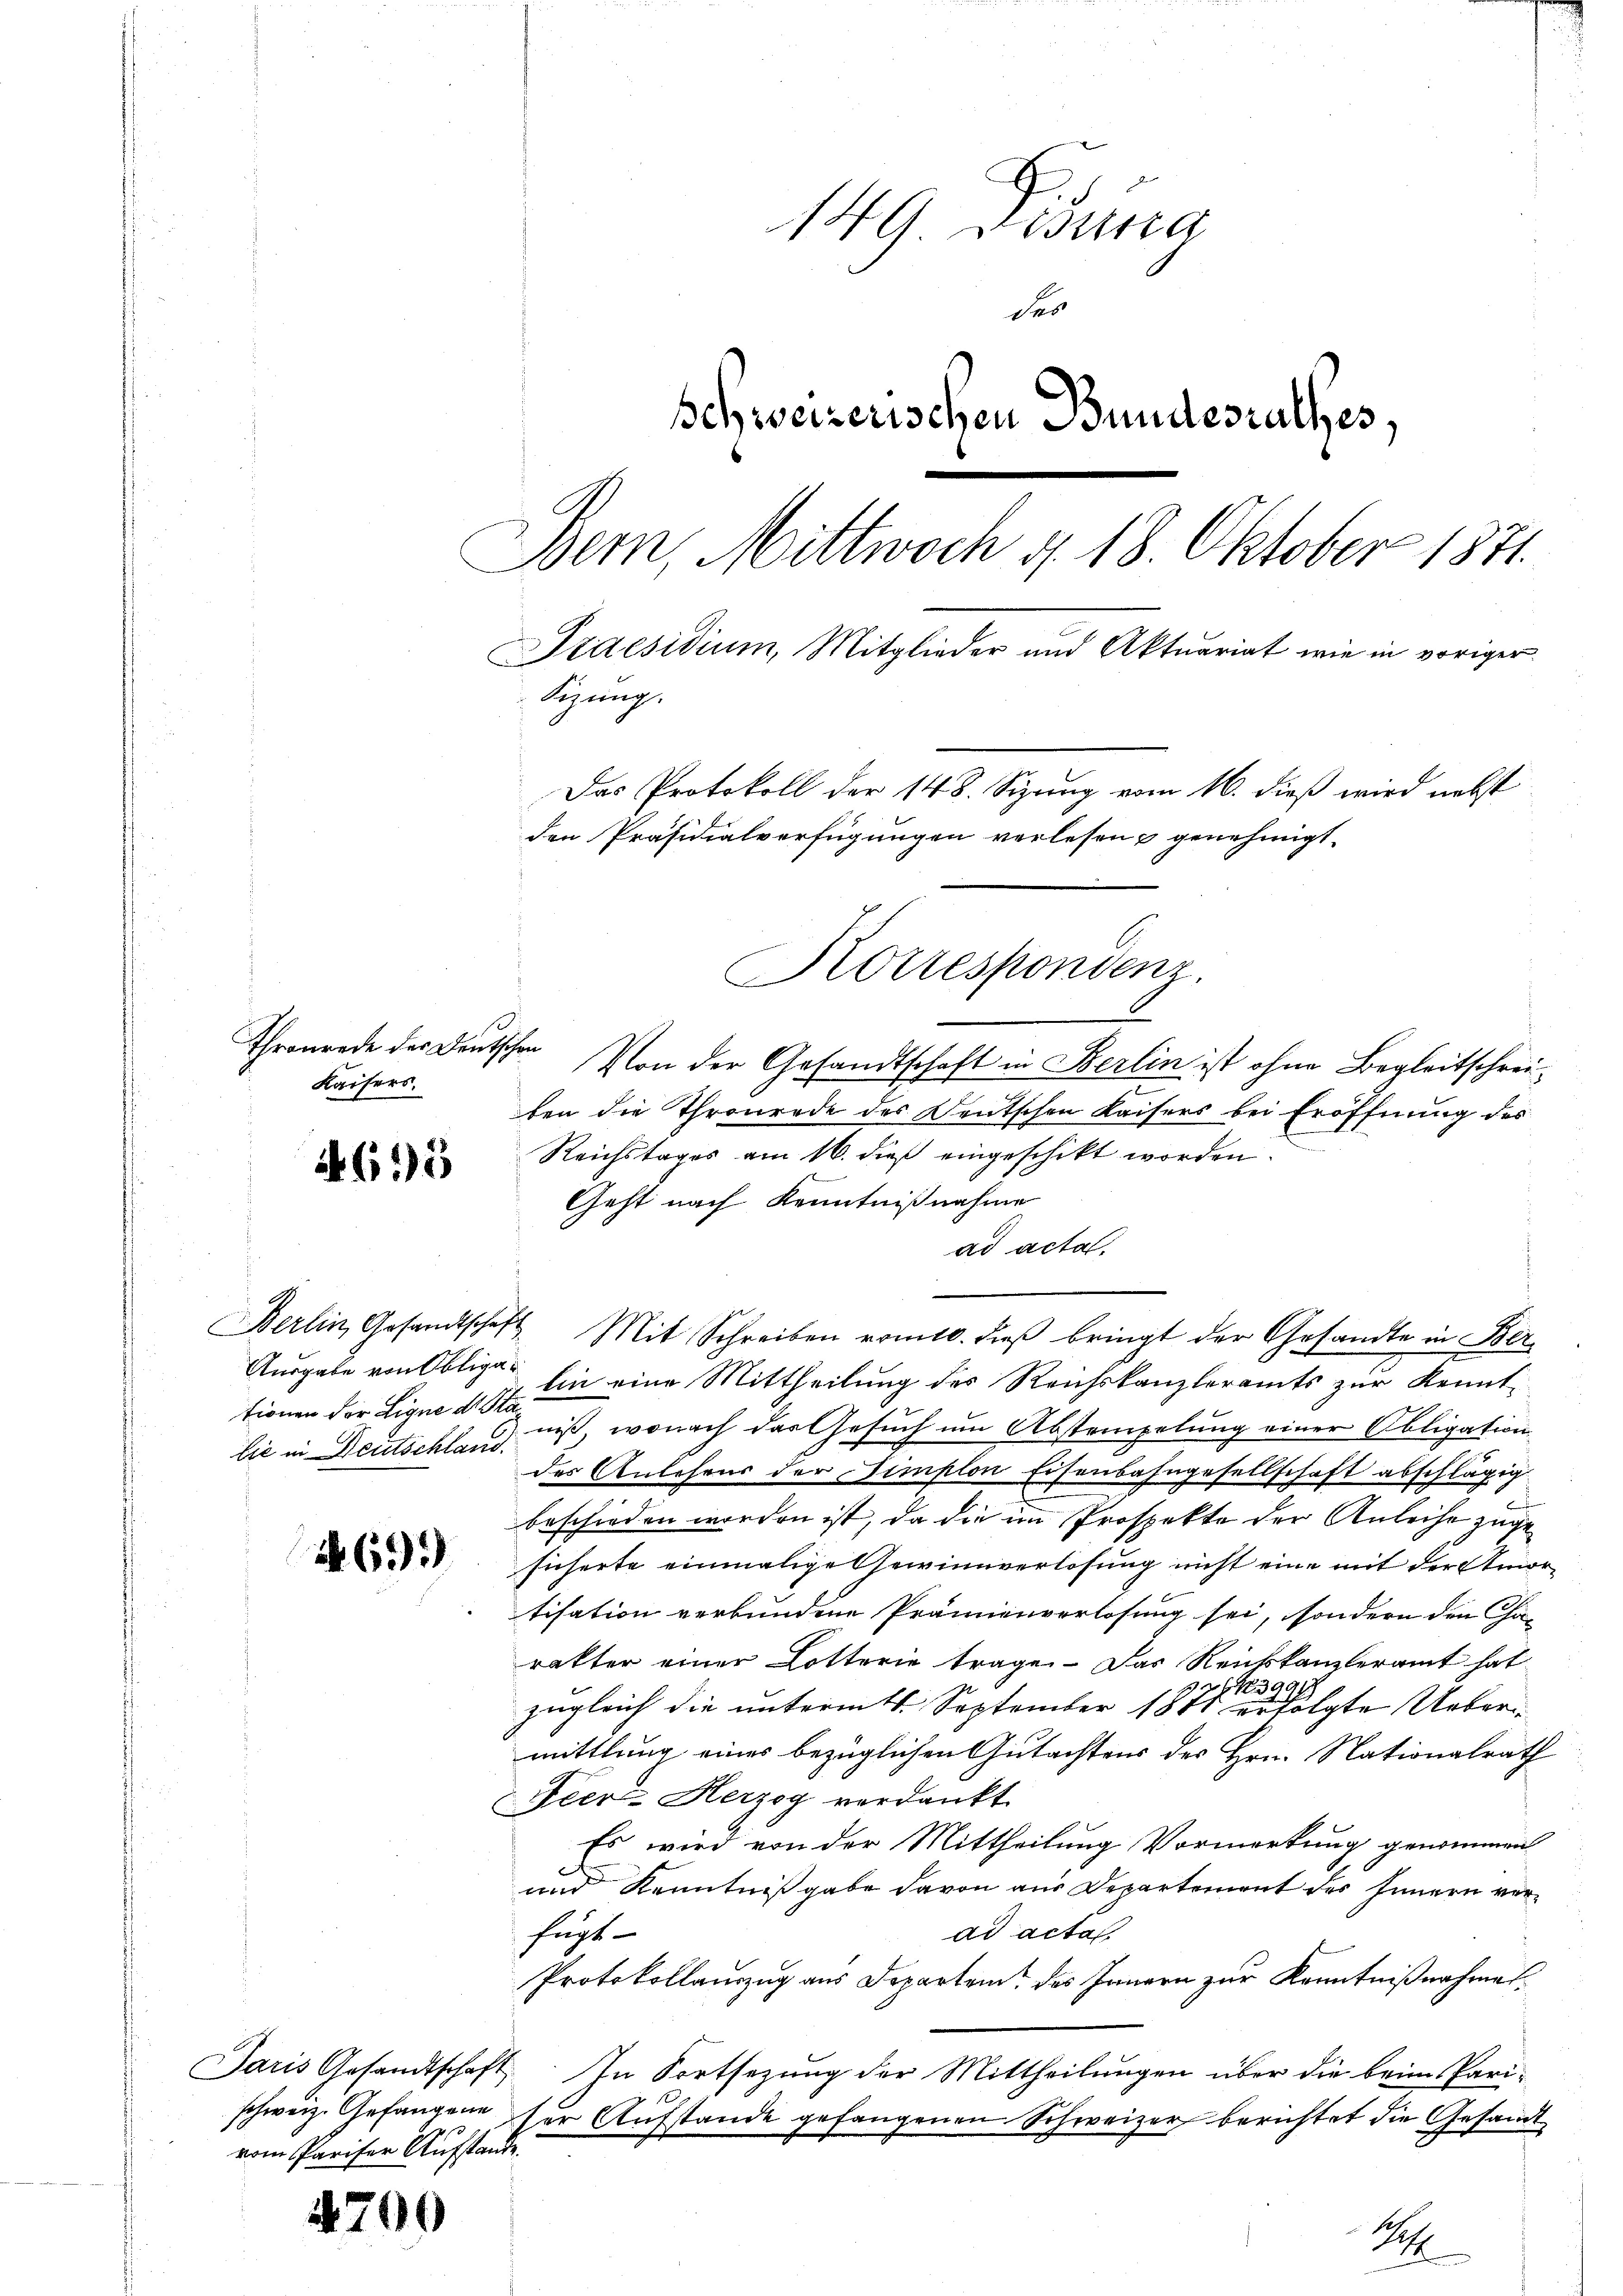
Kaisers.

615

tionen der Eigne dr. Sta

61)

vom Pariser Aufstande.

4700

149 desstra
Fes
schweizerischen Bundesrathes,
Bem, Mittwoch d. 18. Oktober 1871
Staesidium, Mitglieder und Aktuariat wie in voriger
Sizung.
Das Protokoll der 148. Sizung vom 16. dieß wird nebst
den Präsidialverfügungen verlesen & genehmigt.
Korrespondenz.

Thronerde des Deutschen. Von der Gesandtschaft in Berlin ist ohne Begleitschreiben die Thronrade des Deutschen Kaisers bei Eröffnung des
Reichstages am 16. dieß eingeschikt worden.
Geht nach Kenntnißnahme
ad acta.
Berlin, Gesandtschaft. Mit Schreiben romtl. dieβ bringt der Gesandte in Ber
Ausgabe von Oblige Ein eine Mittheilung des Reichskanzleramts zur Kenntbie in Deutschlag ist, wonach das Gesuch um Abstempelung einer Obligation
des Anlehens der Simplon Eisenbahngesellschaft abschlägig
beschieden worden ist, da die im Prospekte der Anleihe zugesicherte einmalige Gewinnverlosung nicht eine mit der Amortisation verbundene Prämienverlosung sei, sondern den Cha-
rakter einer Lotterie trage. Das Reichskanzleramt hat
2 No 3991
zugleich die unterm 11. September 1841 erfolgte Uebermittlung eines bezüglichen Gutachtens des Hrn. Nationalrath
Feere Herzog verdankt.
Es wird von der Mittheilung Vormerkung genommen
und Kenntnißgabe davon aus Departement des Innern verfügt
ad acta.
Protokollauszug aus Departem des Innern zur Kenntnißnahmer¬
Paris Gesandtschaft. In Fortsezung der Mittheilŭngen über die beim Pari-
schweiz. Gefangen der Aufstande gefangenen Schweizer berichtet die Gesandt
Se